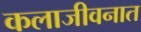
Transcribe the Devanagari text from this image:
कलाजीवनात